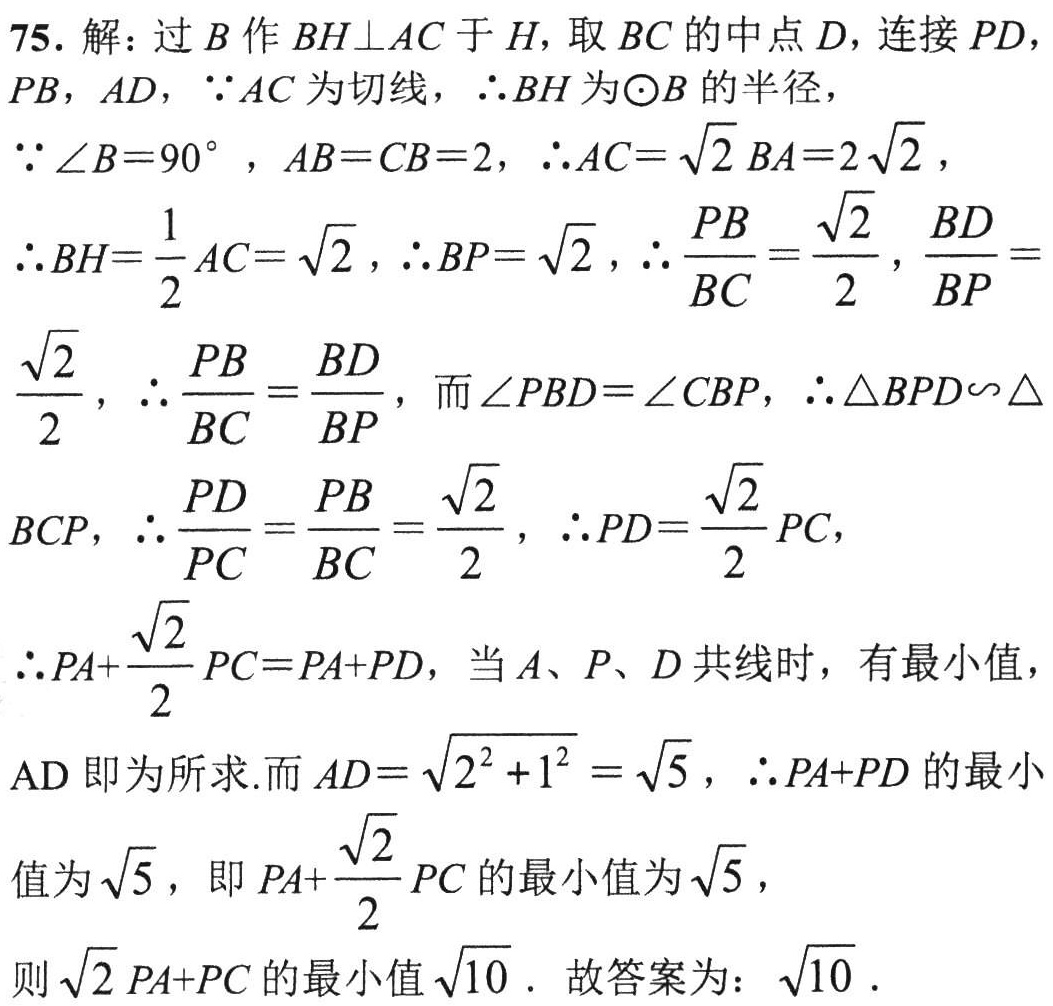
75. 解：过 \(B\) 作 \(BH\perp AC\) 于 \(H\)，取 \(BC\) 的中点 \(D\)，连接 \(PD\)，\(PB\)，\(AD\)，\(\because AC\) 为切线，\(\therefore BH\) 为\(\odot B\) 的半径，
\(\because \angle B = 90^{\circ}\)，\(AB = CB = 2\)，\(\therefore AC=\sqrt{2}BA = 2\sqrt{2}\)，
\(\therefore BH=\frac{1}{2}AC=\sqrt{2}\)，\(\therefore BP=\sqrt{2}\)，\(\therefore \frac{PB}{BC}=\frac{\sqrt{2}}{2}\)，\(\frac{BD}{BP}=\frac{\sqrt{2}}{2}\)，\(\therefore \frac{PB}{BC}=\frac{BD}{BP}\)，而 \(\angle PBD=\angle CBP\)，\(\therefore \triangle BPD\sim\triangle BCP\)，\(\therefore \frac{PD}{PC}=\frac{PB}{BC}=\frac{\sqrt{2}}{2}\)，\(\therefore PD=\frac{\sqrt{2}}{2}PC\)，
\(\therefore PA + \frac{\sqrt{2}}{2}PC=PA + PD\)，当 \(A\)、\(P\)、\(D\) 共线时，有最小值，
\(AD\) 即为所求.而 \(AD=\sqrt{2^{2}+1^{2}}=\sqrt{5}\)，\(\therefore PA + PD\) 的最小值为 \(\sqrt{5}\)，即 \(PA+\frac{\sqrt{2}}{2}PC\) 的最小值为 \(\sqrt{5}\)，
则 \(\sqrt{2}PA + PC\) 的最小值 \(\sqrt{10}\) . 故答案为：\(\sqrt{10}\) .